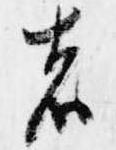
者